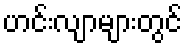
ဟင်းလျာများတွင်